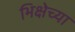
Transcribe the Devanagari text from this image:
भिक्षेच्या